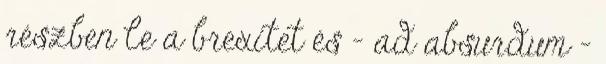
részben le a brexitet és – ad absurdum –